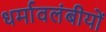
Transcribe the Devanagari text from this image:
धर्मावलंबीयों